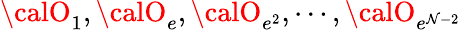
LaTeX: {\calO}_{1},{\calO}_{e},{\calO}_{e^{2}},\cdots,{\calO}_{e^{\mathcal{N}-2}}